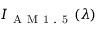
I _ { \mathrm { ~ A ~ M ~ 1 ~ . ~ 5 ~ } } ( \lambda )